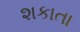
શકાતા